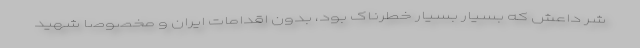
شر داعش که بسیار بسیار خطرناک بود، بدون اقدامات ایران و مخصوصا شهید